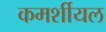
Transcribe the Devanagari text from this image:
कमर्शीयल